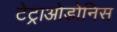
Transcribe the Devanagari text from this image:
टेट्राओडोनिस